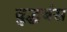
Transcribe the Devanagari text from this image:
बुद्धबंस